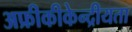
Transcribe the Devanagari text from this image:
अफ्रीकीकेन्द्रीयता